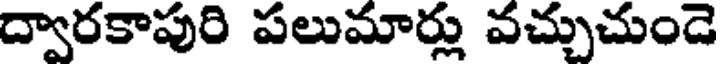
ద్వారకాపురి పలుమార్లు వచ్చుచుండె